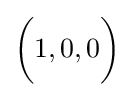
{\biggl (}1,0,0{\biggr )}